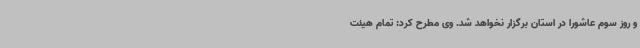
و روز سوم عاشورا در استان برگزار نخواهد شد. وی مطرح کرد: تمام هیئت